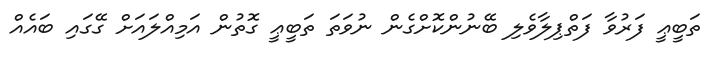
ތަބީޢީ ފަރުވާ ފަތްޕިލާވެލި ބޭނުންކޮށްގެން ނުވަތަ ތަބީޢީ ގޮތުން އަމިއްލައަށް ގޭގައި ބައެއް